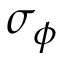
\sigma _ { \phi }